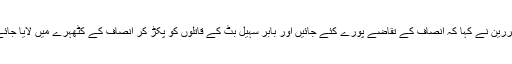
مقررین نے کہا کہ انصاف کے تقاضے پورے کئے جائیں اور بابر سہیل بٹ کے قاتلوں کو پکڑ کر انصاف کے کٹھہرے میں لایا جائے۔